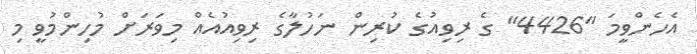
އެހެންވީމަ "4426" ގެ ރިވިއުގެ ކުރިން ނަހުލާގެ ރިވިއުއެއް މިވަރަށް މުހިންމުވީ މި